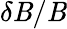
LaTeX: \delta\mathit{B}/\mathit{B}